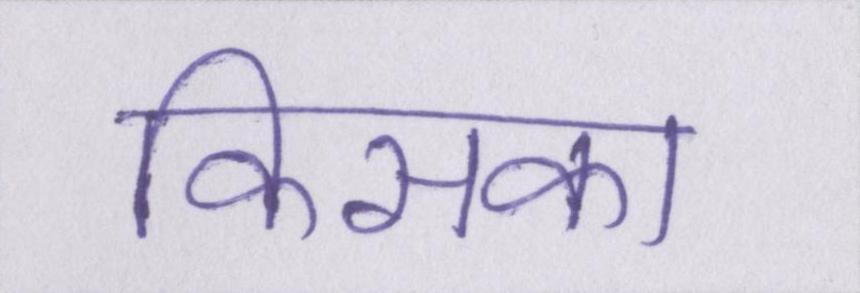
किसका